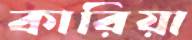
কারিয়া